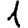
Digit: 1